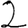
Digit: 2